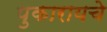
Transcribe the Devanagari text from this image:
पुकारायचे